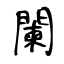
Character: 闌